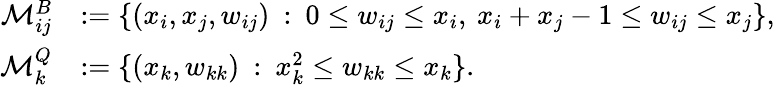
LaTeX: \begin{array}{rl}{\mathcal{M}_{ij}^{B}}&{:=\{ (x_{i},x_{j},w_{ij})\: :\: 0\leq w_{ij}\leq x_{i},\: x_{i}+x_{j}-1\leq w_{ij}\leq x_{j}\} ,}\\ {\mathcal{M}_{k}^{Q}}&{:=\{ (x_{k},w_{kk})\: :\: x_{k}^{2}\leq w_{kk}\leq x_{k}\} .}\end{array}